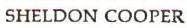
SHELDON COOPER